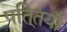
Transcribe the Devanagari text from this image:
पति्तयाँ